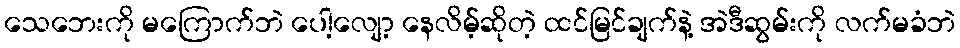
သေဘေးကို မကြောက်ဘဲ ပေါ့လျော့ နေလိမ့်ဆိုတဲ့ ထင်မြင်ချက်နဲ့ အဲဒီဆွမ်းကို လက်မခံဘဲ